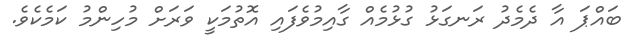
ބައްޕަ އާ ދެމެދު ރަނގަޅު ގުޅުމެއް ގާއިމުވެފައި އޮތުމަކީ ވަރަށް މުހިންމު ކަމެކެވެ.